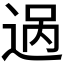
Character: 𬨨